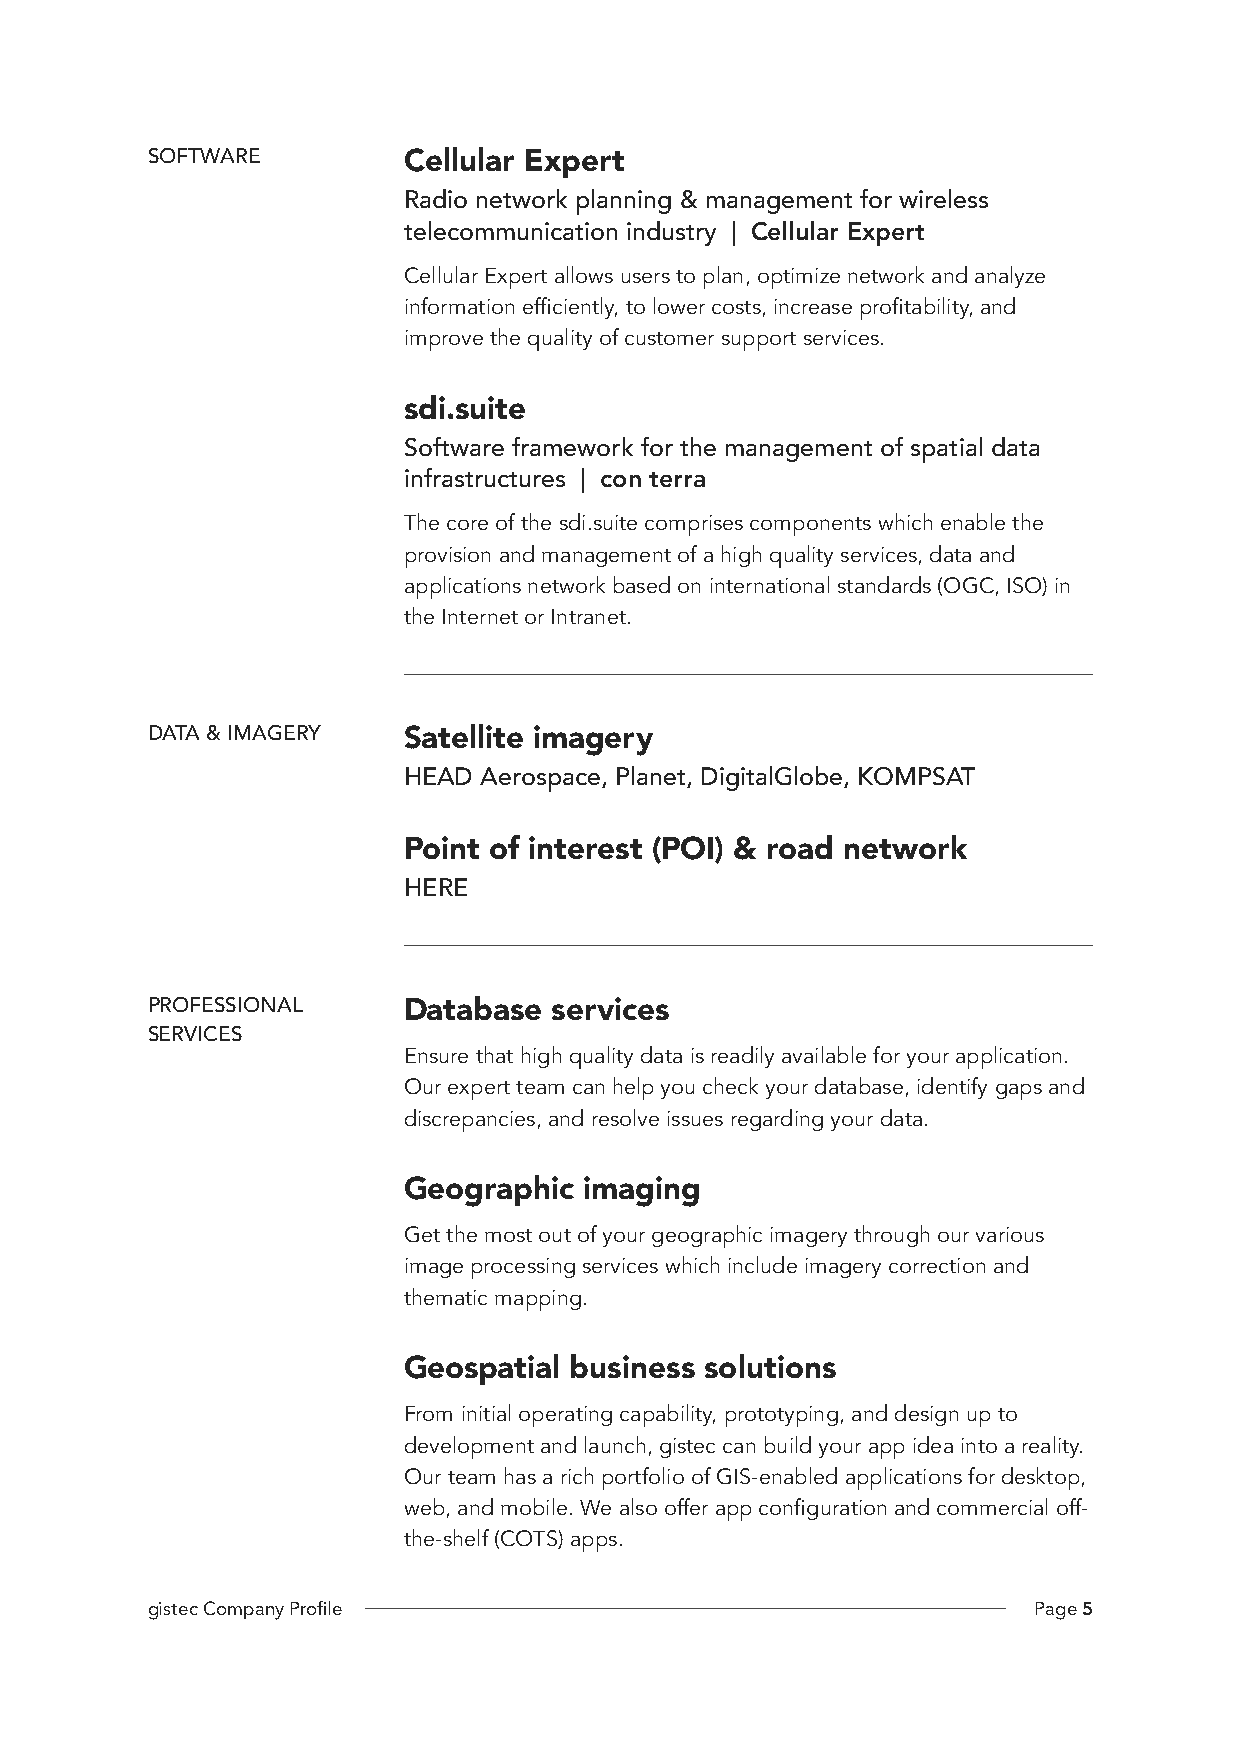
SOFTWARE         Cellular Expert
 Radio network planning & management for wireless
 telecommunication industry | Cellular Expert
 Cellular Expert allows users to plan, optimize network and analyze
 information efficiently, to lower costs, increase profitability, and
 improve the quality of customer support services.
 sdi.suite
 Software framework for the management of spatial data
 infrastructures | con terra
 The core of the sdi.suite comprises components which enable the
 provision and management of a high quality services, data and
 applications network based on international standards (OGC, ISO) in
 the Internet or Intranet.
 DATA & IMAGERY   Satellite imagery
 HEAD Aerospace, Planet, DigitalGlobe, KOMPSAT
 Point of interest (POI) & road network
 HERE
 PROFESSIONAL     Database services
 SERVICES
 Ensure that high quality data is readily available for your application.
 Our expert team can help you check your database, identify gaps and
 discrepancies, and resolve issues regarding your data.
 Geographic  imaging
 Get the most out of your geographic imagery through our various
 image processing services which include imagery correction and
 thematic mapping.
 Geospatial business solutions
 From initial operating capability, prototyping, and design up to
 development and launch, gistec can build your app idea into a reality.
 Our team has a rich portfolio of GIS-enabled applications for desktop,
 web, and mobile. We also offer app configuration and commercial off-
 the-shelf (COTS) apps.
 gistec Company Profile                                    Page 5